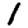
Digit: 1